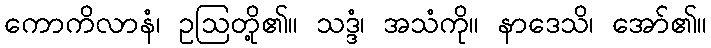
ကောကိလာနံ၊ ဥဩတို့၏။ သဒ္ဒံ၊ အသံကို။ နာဒေသိ၊ အော်၏။